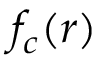
f _ { c } ( r )